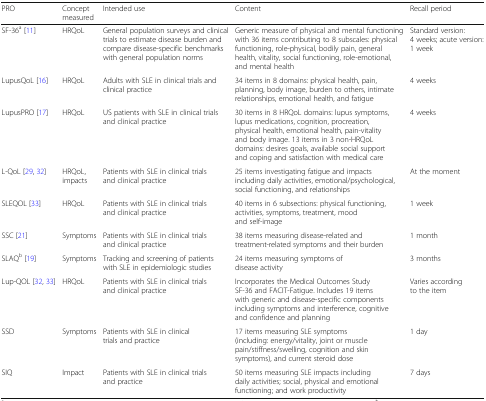
<table><thead><tr><td><b>PRO</b></td><td><b>Concept measured</b></td><td><b>Intended use</b></td><td><b>Content</b></td><td><b>Recall period</b></td></tr></thead><tbody><tr><td>SF-36<sup>a</sup> [11]</td><td>HRQoL</td><td>General population surveys and clinical trials to estimate disease burden and compare disease-specific benchmarks with general population norms</td><td>Generic measure of physical and mental functioning with 36 items contributing to 8 subscales: physical functioning, role-physical, bodily pain, general health, vitality, social functioning, role-emotional, and mental health</td><td>Standard version: 4 weeks; acute version: 1 week</td></tr><tr><td>LupusQoL [16]</td><td>HRQoL</td><td>Adults with SLE in clinical trials and clinical practice</td><td>34 items in 8 domains: physical health, pain, planning, body image, burden to others, intimate relationships, emotional health, and fatigue</td><td>4 weeks</td></tr><tr><td>LupusPRO [17]</td><td>HRQoL</td><td>US patients with SLE in clinical trials and clinical practice</td><td>30 items in 8 HRQoL domains: lupus symptoms, lupus medications, cognition, procreation, physical health, emotional health, pain-vitality and body image. 13 items in 3 non-HRQoL domains: desires goals, available social support and coping and satisfaction with medical care</td><td>4 weeks</td></tr><tr><td>L-QoL [29, 32]</td><td>HRQoL, impacts</td><td>Patients with SLE in clinical trials and clinical practice</td><td>25 items investigating fatigue and impacts including daily activities, emotional/psychological, social functioning, and relationships</td><td>At the moment</td></tr><tr><td>SLEQOL [33]</td><td>HRQoL</td><td>Patients with SLE in clinical trials and clinical practice</td><td>40 items in 6 subsections: physical functioning, activities, symptoms, treatment, mood and self-image</td><td>1 week</td></tr><tr><td>SSC [21]</td><td>Symptoms</td><td>Patients with SLE in clinical trials and clinical practice</td><td>38 items measuring disease-related and treatment-related symptoms and their burden</td><td>1 month</td></tr><tr><td>SLAQ<sup>b</sup> [19]</td><td>Symptoms</td><td>Tracking and screening of patients with SLE in epidemiologic studies</td><td>24 items measuring symptoms of disease activity</td><td>3 months</td></tr><tr><td>Lup-QOL [32, 33]</td><td>HRQoL</td><td>Patients with SLE in clinical trials and clinical practice</td><td>Incorporates the Medical Outcomes Study SF-36 and FACIT-Fatigue. Includes 19 items with generic and disease-specific components including symptoms and interference, cognitive and confidence and planning</td><td>Varies according to the item</td></tr><tr><td>SSD</td><td>Symptoms</td><td>Patients with SLE in clinical trials and practice</td><td>17 items measuring SLE symptoms (including: energy/vitality, joint or muscle pain/stiffness/swelling, cognition and skin symptoms), and current steroid dose</td><td>1 day</td></tr><tr><td>SIQ</td><td>Impact</td><td>Patients with SLE in clinical trials and practice</td><td>50 items measuring SLE impacts including daily activities; social, physical and emotional functioning; and work productivity</td><td>7 days</td></tr></tbody></table>